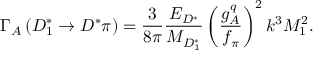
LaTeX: \Gamma _ { A } \left( D _ { 1 } ^ { * } \rightarrow D ^ { * } \pi \right) = { \frac { 3 } { 8 \pi } } { \frac { E _ { D ^ { * } } } { M _ { D _ { 1 } ^ { * } } } } \left( { \frac { g _ { A } ^ { q } } { f _ { \pi } } } \right) ^ { 2 } k ^ { 3 } { \cal M } _ { 1 } ^ { 2 } .